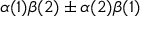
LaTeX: \alpha ( 1 ) \beta ( 2 ) \pm \alpha ( 2 ) \beta ( 1 )